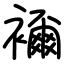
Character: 襧